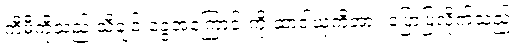
ကီမီကိုသည် သီချင်းခွေအကြောင်းကို ဆာဒါယုကိအား ပြောပြလိုက်သည်။